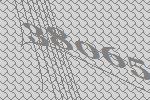
38065